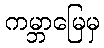
ကမ္ဘာမြေမှ